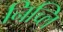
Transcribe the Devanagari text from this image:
निच्लि